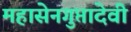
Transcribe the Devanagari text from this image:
महासेनगुप्तादेवी